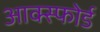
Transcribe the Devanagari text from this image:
आक्स्फोर्ड